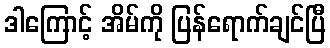
ဒါကြောင့် အိမ်ကို ပြန်ရောက်ချင်ပြီ